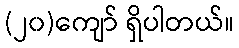
(၂၀)ကျော် ရှိပါတယ်။